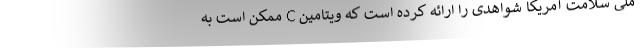
ملی سلامت آمریکا شواهدی را ارائه کرده است که ویتامین C ممکن است به